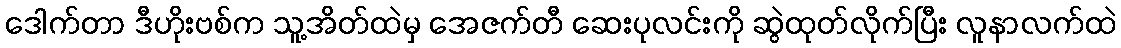
ဒေါက်တာ ဒီဟိုးဗစ်က သူ့အိတ်ထဲမှ အေဇက်တီ ဆေးပုလင်းကို ဆွဲထုတ်လိုက်ပြီး လူနာလက်ထဲ